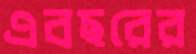
এবছরের